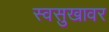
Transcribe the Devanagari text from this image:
स्वसुखावर